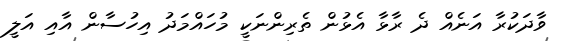
ވާދަކުރާ އަނެއް ދެ ރާޅާ އެޅުން ތެރިންނަކީ މުހައްމަދު އިހުސާން އާއި އަލީ